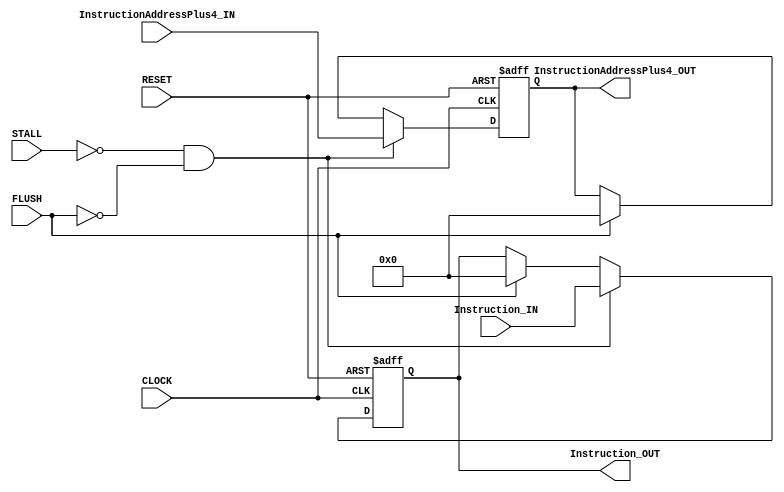
module IFID(

	//MODULE INPUTS

		//SYSTEM --> IF/ID
		input CLOCK,
		input RESET,

		//HAZARD --> IF/ID
		input STALL,
		input FLUSH,
		
		//IM --> IF/ID
		input [31:0] 	Instruction_IN,	

		//IF --> IF/ID
		input [31:0] 	InstructionAddressPlus4_IN,

	//MODULE OUTPUTS

		//IF/ID --> ID
		output [31:0] Instruction_OUT,
		output [31:0] InstructionAddressPlus4_OUT

);

//PIPELINE REGISTERS
reg [31:0] Instruction;
reg [31:0] InstructionAddressPlus4;

//ASSIGN OUTPUTS TO PIPELINE REGISTERS
assign Instruction_OUT 			= Instruction;
assign InstructionAddressPlus4_OUT 	= InstructionAddressPlus4;

//WHEN CLOCK RISES OR RESET FALLS
always @(posedge CLOCK or negedge RESET) begin

	//IF RESET IS LOW
	if(!RESET) begin

		//SET PIPELINE REGISTERS TO 0
		Instruction 		<= 0;			
		InstructionAddressPlus4 <= 0;	

	//ELSE IF CLOCK IS HIGH
	end else if(CLOCK) begin

		$display("");
		$display("----- IF/ID -----");
		$display("Instruction:\t\t\t%x", Instruction);
		$display("Instruction Address + 4:\t%x", InstructionAddressPlus4);

		//IF MODULE IS NOT BEING STALLED AND IS NOT BEING FLUSHED 
		if(!STALL && !FLUSH) begin

			//SET PIPELINE REGISTERS TO INPUTS
			Instruction 		<= Instruction_IN;
			InstructionAddressPlus4 <= InstructionAddressPlus4_IN;

		//ELSE IF MODULE IS BEING FLUSHED
		end else if (FLUSH) begin

			//SET PIPELINE REGISTERS TO 0
			Instruction 		<= 0;
			InstructionAddressPlus4 <= 0;

		//ELSE IF MODULE IS BEING STALLED
		end else if (STALL) begin

			//DO NOTHING

		end

	end

end

endmodule